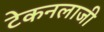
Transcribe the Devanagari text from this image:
टेकनलाजी